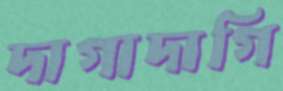
দাগাদাগি